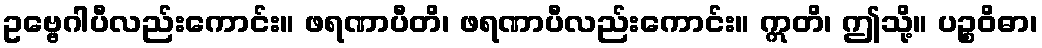
ဥဗ္ဗေဂါပီလည်းကောင်း။ ဖရဏာပီတိ၊ ဖရဏာပီလည်းကောင်း။ ဣတိ၊ ဤသို့။ ပဉ္စဝိဓာ၊